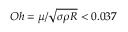
O h = \mu / \sqrt { \sigma \rho R } < 0 . 0 3 7